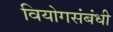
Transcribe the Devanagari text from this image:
वियोगसंबंधी